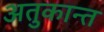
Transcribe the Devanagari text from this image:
अतुकान्त